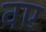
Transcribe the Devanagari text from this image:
वए